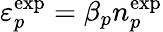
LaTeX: \varepsilon_{p}^{\mathrm{exp}}=\beta_{p}n_{p}^{\mathrm{exp}}